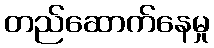
တည်ဆောက်နေမှု